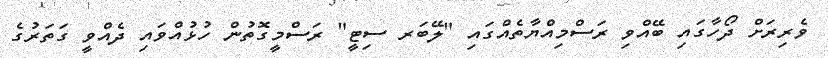
ވެރިރަށް ދޯހާގައި ބޭއްވި ރަސްމިއްޔާތެއްގައި "ލޭބަރ ސިޓީ" ރަސްމީގޮތުން ހުޅުއްވައި ދެއްވީ ގަތަރުގެ